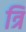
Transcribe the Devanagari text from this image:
त्रिं